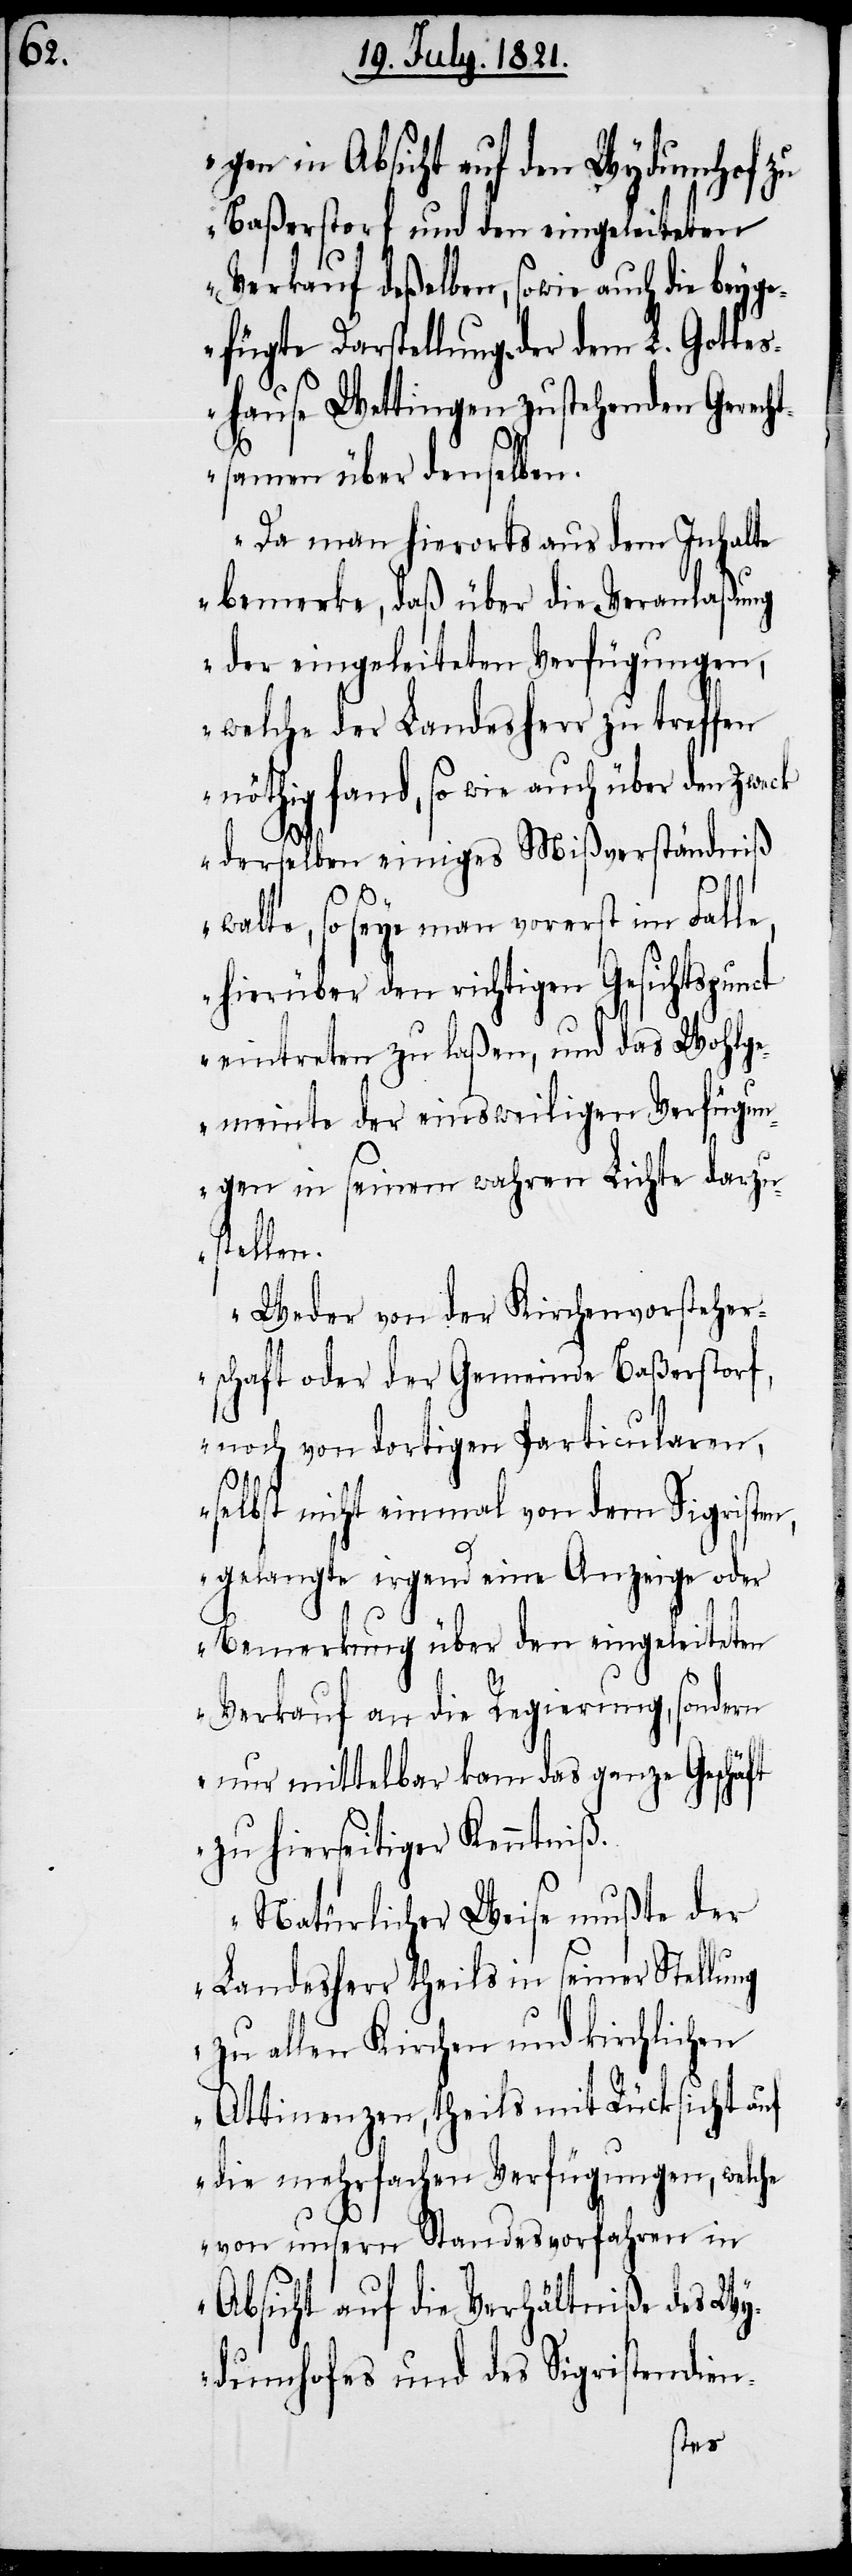
gen in Absicht auf den Wydumhof zu
Baßerstorf und den eingeleiteten
Verkauf deßelben, sowie auch die beyg¬
efügte Darstellung der dem L. Gotte¬
shause Wettingen zustehenden Gerech¬
tsamen über denselben.
Da man hierorts aus dem Inhalte
bemerkte, daß über die Veranlaßung
der eingeleiteten Verfügungen,
welche der Landesherr zu treffen
nöthig fand, so wie auch über den Zweck
derselben einiges Mißverständniß
walte, so seye man vorerst im Falle,
hierüber den richtigen Gesichtspunct
eintreten zu laßen, und das Wohlge¬
meinte der einsweiligen Verfügun¬
gen in seinem wahren Lichte darzu¬
stellen.
Weder von der Kirchenvorsteher¬
schaft oder der Gemeinde Baßerstorf,
noch von dortigen Particularen,
selbst nicht einmal von dem Sigristen,
gelangte irgend eine Anzeige oder
Bemerkung über den eingeleiteten
Verkauf an die Regierung, sondern
nur mittelbar kam das ganze Geschäft
zu hierseitiger Kenntniß.
Natürlicher Weise mußte der
Landesherr theils in seiner Stellung
zu allen Kirchen und kirchlichen
Attinenzen, theils mit Rücksicht auf
die mehrfachen Verfügungen, welche
von unsern Standesvorfahren in
Absicht auf die Verhältniße des Wy¬
dumhofes und des Sigristendien-